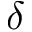
\protect \delta